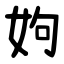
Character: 姁